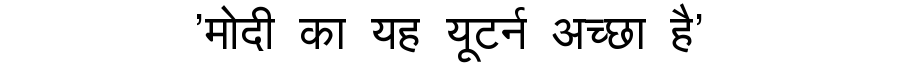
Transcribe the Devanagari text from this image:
'मोदी का यह यूटर्न अच्छा है'